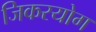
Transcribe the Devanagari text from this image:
जिकरयोग